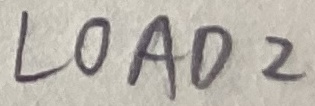
Text: LOAD2